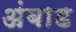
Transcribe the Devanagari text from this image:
अंबाड